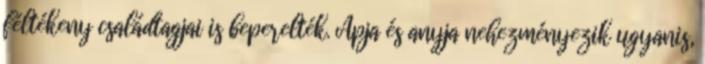
féltékeny családtagjai is beperelték. Apja és anyja nehezményezik ugyanis,